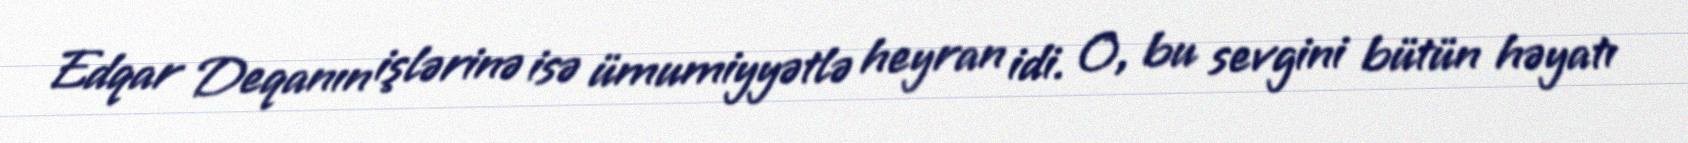
Edqar Deqanın işlərinə isə ümumiyyətlə heyran idi. O, bu sevgini bütün həyatı